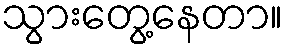
သွားတွေ့နေတာ။